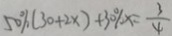
5 0 \% ( 3 0 + 2 x ) + 3 0 \% x = \frac { 3 } { 4 }